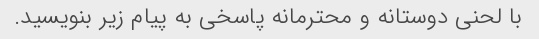
با لحنی دوستانه و محترمانه پاسخی به پیام زیر بنویسید.